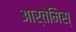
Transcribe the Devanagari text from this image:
आर्तेमिस्‌